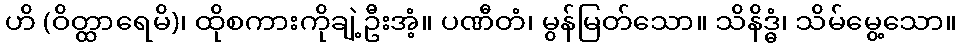
ဟိ (ဝိတ္ထာရေမိ)၊ ထိုစကားကိုချဲ့ဦးအံ့။ ပဏီတံ၊ မွန်မြတ်သော။ သိနိဒ္ဓံ၊ သိမ်မွေ့သော။